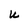
Character: U